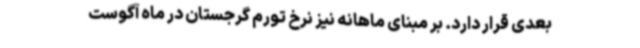
بعدی قرار دارد. بر مبنای ماهانه نیز نرخ تورم گرجستان در ماه آگوست